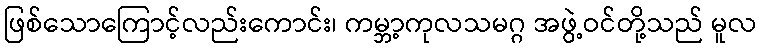
ဖြစ်သောကြောင့်လည်းကောင်း၊ ကမ္ဘာ့ကုလသမဂ္ဂ အဖွဲ့ဝင်တို့သည် မူလ